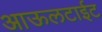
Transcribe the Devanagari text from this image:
आऊलटाईट